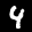
Label: 4